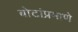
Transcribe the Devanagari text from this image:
बोटांप्रमाणे